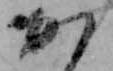
か